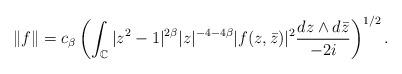
LaTeX: \begin{align*}\|f\|=c_\beta\left( \int_{\Bbb C} |z^2-1|^{2\beta}|z|^{-4-4\beta} |f(z,\bar z)|^2 \frac {dz\wedge d\bar z}{-2i} \right)^{1/2}.\end{align*}